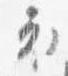
衣